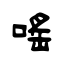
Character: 嗂